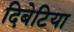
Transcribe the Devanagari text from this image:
दिबेटिया